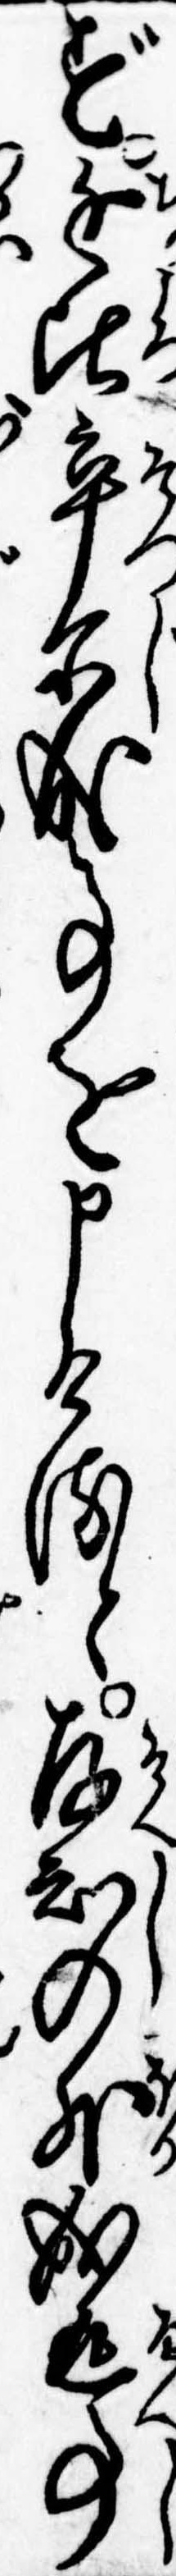
ず近比率爾成事を申けると存知の外成返事